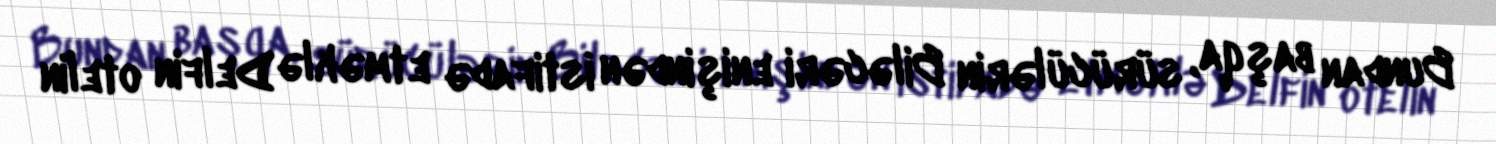
Bundan başqa, sürücülərin Biləcəri enişindən istifadə etməklə Delfin otelin